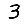
Digit: 3